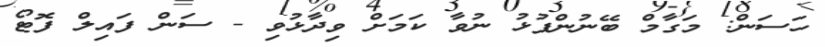
ހަސަން: މަގާމް ބޭނުންފުޅު ނުވާ ކަމަށް ވިދާޅުވި - ސަން ފައިލް ފޮޓޯ